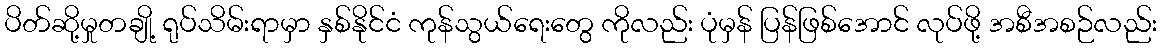
ပိတ်ဆို့မှုတချို့ ရုပ်သိမ်းရာမှာ နှစ်နိုင်ငံ ကုန်သွယ်ရေးတွေ ကိုလည်း ပုံမှန် ပြန်ဖြစ်အောင် လုပ်ဖို့ အစီအစဉ်လည်း